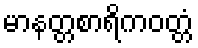
မာနတ္တစာရိကဝတ္တံ